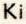
Ki